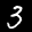
Label: 3